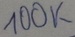
Text: 100K